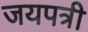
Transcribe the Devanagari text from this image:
जयपत्री